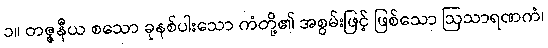
၁။ တဇ္ဇနီယ စသော ခုနစ်ပါးသော ကံတို့၏ အစွမ်းဖြင့် ဖြစ်သော ဩသာရဏကံ၊